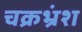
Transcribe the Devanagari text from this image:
चक्रभ्रंश